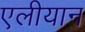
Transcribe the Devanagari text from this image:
एलीयान